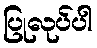
ပြုလုပ်ပါ